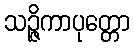
သဉ္ဇိကာပုတ္တော